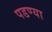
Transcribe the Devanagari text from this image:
पडण्या